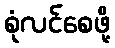
စုံလင်စေဖို့